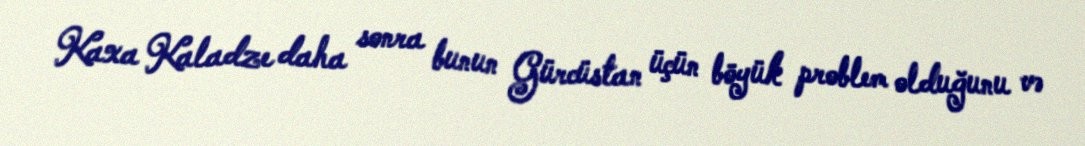
Kaxa Kaladze daha sonra bunun Gürcüstan üçün böyük problem olduğunu və